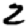
Digit: 2